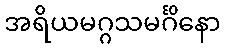
အရိယမဂ္ဂသမင်္ဂိနော